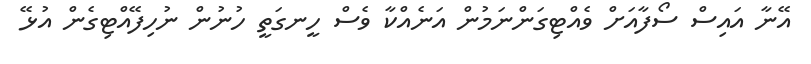
އޭނާ އައިސް ސޯފާއަށް ވެއްޓިގަންނަމުން އަނެއްކާ ވެސް ހީނގަތީ ހުނުން ނުހިފޭއްޓިގެން އުޅޭ